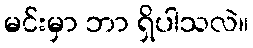
မင်းမှာ ဘာ ရှိပါသလဲ။